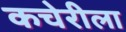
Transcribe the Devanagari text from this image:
कचेरीला